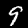
Label: 9